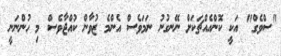
"ސްވެގް" އަކީ ކޮންއެއްޗަކަށް ނޭނގުނު ނަމަވެސް އެންމެ ޒުވާން ކުއްޖާވެސް މި ހުންނަނީ